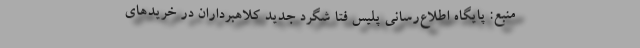
منبع: پایگاه اطلاع‌رسانی پلیس فتا شگرد جدید کلاهبرداران در خریدهای